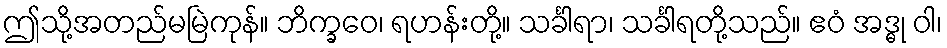
ဤသို့အတည်မမြဲကုန်။ ဘိက္ခဝေ၊ ရဟန်းတို့။ သင်္ခါရာ၊ သင်္ခါရတို့သည်။ ဧဝံ အဒ္ဓု ဝါ၊